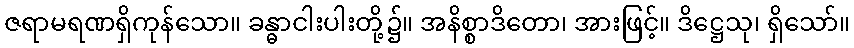
ဇရာမရဏရှိကုန်သော။ ခန္ဓာငါးပါးတို့၌။ အနိစ္စာဒိတော၊ အားဖြင့်။ ဒိဋ္ဌေသု၊ ရှိသော်။